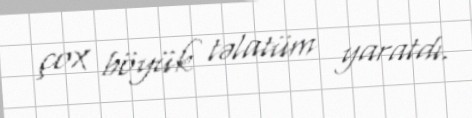
çox böyük təlatüm yaratdı.